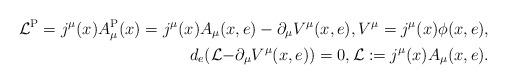
LaTeX: \begin{align*}\mathcal{L}^{\rm P}=j^{\mu}(x)A_{\mu}^{\rm P}(x)=j^{\mu}(x)A_{\mu}(x,e)-\partial_{\mu}V^{\mu}(x,e), V^{\mu}=j^{\mu}(x)\phi(x,e),\\ d_{e}(\mathcal{L-}\partial_{\mu}V^{\mu}(x,e))=0, \mathcal{L}:=j^{\mu}(x)A_{\mu}(x,e).\end{align*}